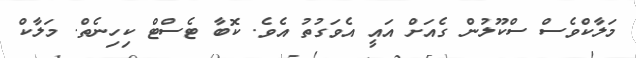
މަލާކްވެސް ސްކޫލުން ގެއަށް އައީ އެވަގުތު އެވެ. ކޮބާ ޓެސްޓް ކިހިނެތް. މަލާކް